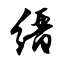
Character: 缙